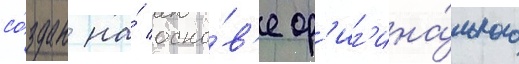
со́здан на́ осно́в'е ор'иг'ина́льного